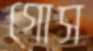
গোস